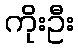
ကိုးဦး